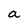
Character: a